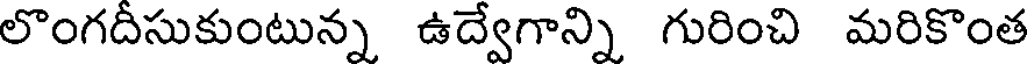
లొంగదీసుకుంటున్న ఉద్వేగాన్ని గురించి మరికొంత